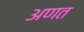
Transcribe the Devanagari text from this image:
अणत